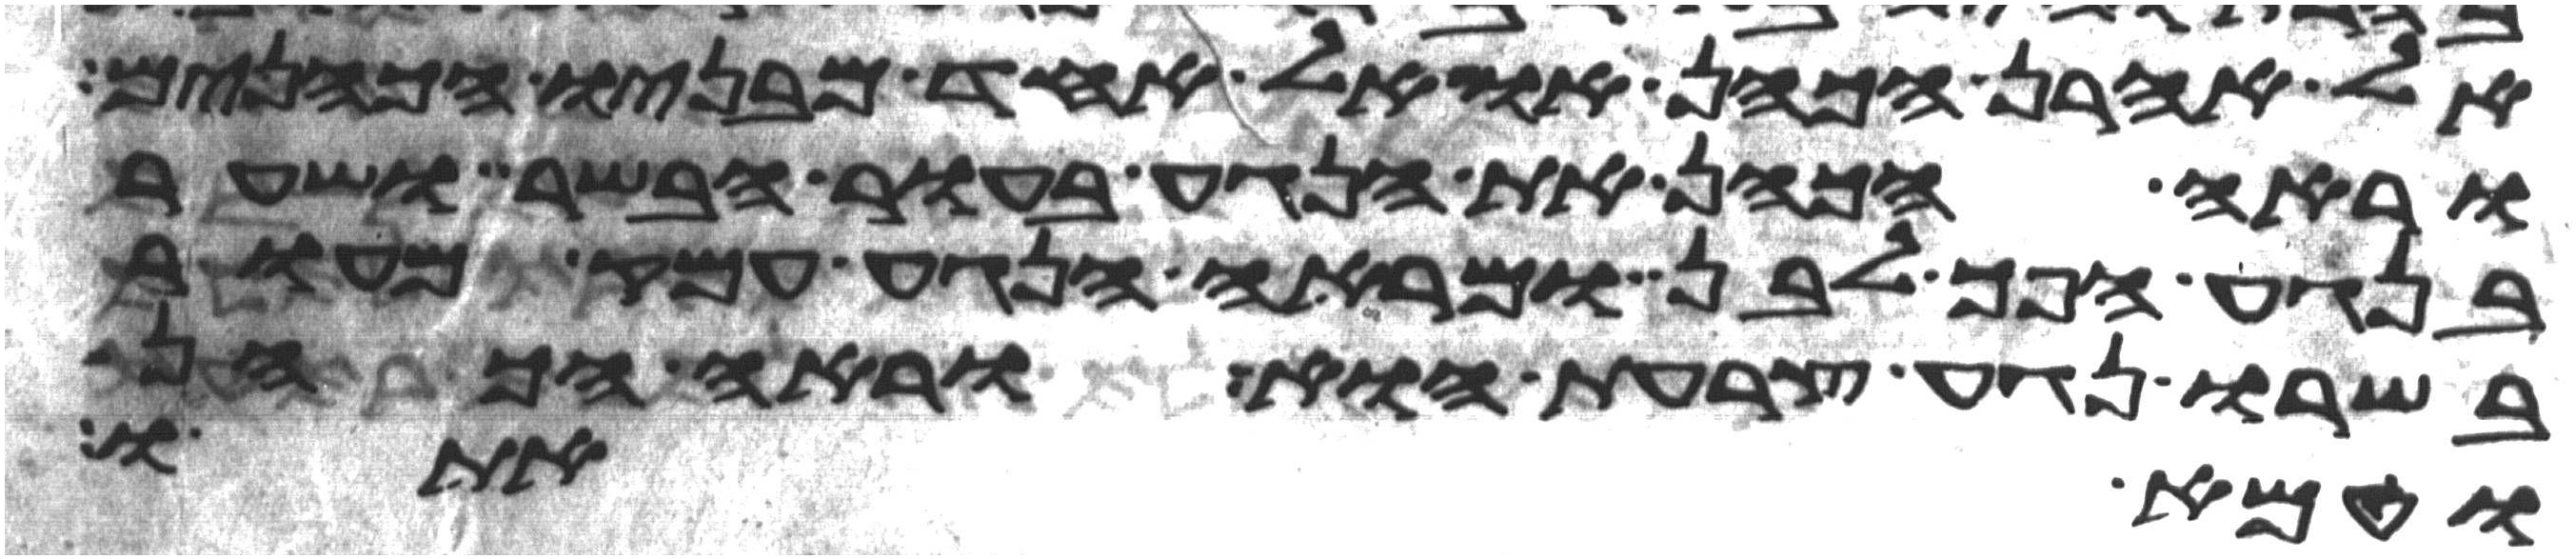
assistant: אל אהרן הכהן או אל אחד מבניו הכהנים
וראה הכהן את הנגע בעור הבשר ושער
בנגע הפך לבן ומראה הנגע עמק מעור
בשרו נגע צרעת הוא וראה הכהן
וטמא אתו